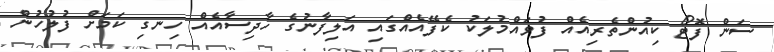
ސަން ފޮޓޯ ކިއުންތެރިއެއް ފުވައްމުލަކު ކެފޭއެއްގައި އަލިފާނުގެ ހާދިސާއެއް ހިނގި ކަމަށް ފުލުހުން